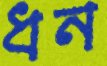
ধন